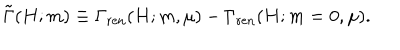
\tilde { \Gamma } ( H ; m ) \equiv \Gamma _ { \mathrm { r e n } } ( H ; m , \mu ) - \Gamma _ { \mathrm { r e n } } ( H ; m = 0 , \mu ) .